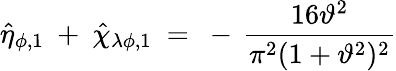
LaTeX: \hat{\eta}_{\phi,1}~+~\hat{\chi}_{\lambda\phi,1}~=~-\, \frac{16\vartheta^{2}}{\pi^{2}(1+\vartheta^{2})^{2}}